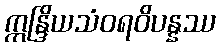
ဣန္ဒြိယသံဝရဝိပန္နဿ